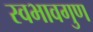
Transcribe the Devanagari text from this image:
स्वभावगुण